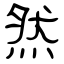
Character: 然